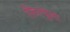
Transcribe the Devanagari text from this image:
फ़िस्चुला